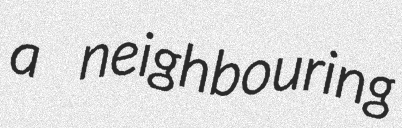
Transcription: a neighbouring